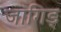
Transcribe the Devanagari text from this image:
जागिड्